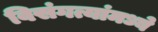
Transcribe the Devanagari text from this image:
विसंगत्यांमध्ये